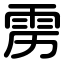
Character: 雳